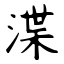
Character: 渫